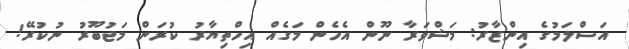
އަސްލަމުގެ އިންޒާރު: މަޝްވަރާ ނޫން އެެހެން މަގެއް އިހްތިޔާރު ކުރަން މަޖުބޫރު ނުކުރޭ!